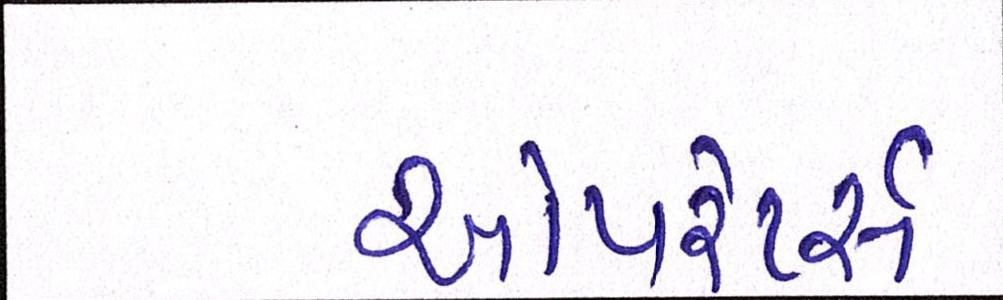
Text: ઓપરેટર્સ